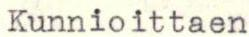
Kunnioittaen